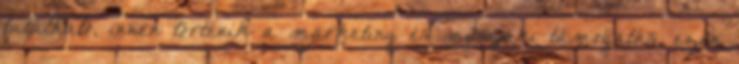
található, innen történik a marketing és műszaki támogatás, ezen